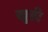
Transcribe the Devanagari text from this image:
खुडी